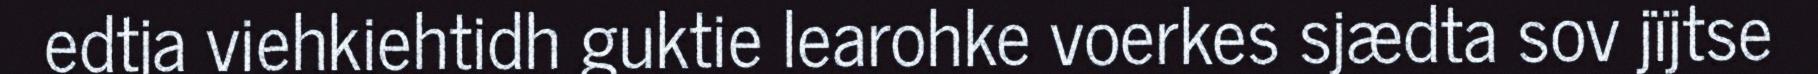
edtja viehkiehtidh guktie learohke voerkes sjædta sov jïjtse